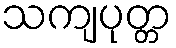
သကျပုတ္တ